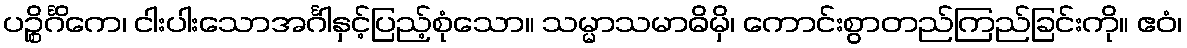
ပဉ္စိင်္ဂိကေ၊ ငါးပါးသောအင်္ဂါနှင့်ပြည့်စုံသော။ သမ္မာသမာဓိမှိ၊ ကောင်းစွာတည်ကြည်ခြင်းကို။ ဧဝံ၊